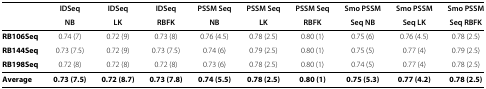
<table><thead><tr><td></td><td><b>IDSeq</b></td><td><b>IDSeq</b></td><td><b>IDSeq</b></td><td><b>PSSM Seq</b></td><td><b>PSSM Seq</b></td><td><b>PSSM Seq</b></td><td><b>Smo PSSM</b></td><td><b>Smo PSSM</b></td><td><b>Smo PSSM</b></td></tr><tr><td></td><td><b>NB</b></td><td><b>LK</b></td><td><b>RBFK</b></td><td><b>NB</b></td><td><b>LK</b></td><td><b>RBFK</b></td><td><b>Seq NB</b></td><td><b>Seq LK</b></td><td><b>Seq RBFK</b></td></tr></thead><tbody><tr><td><b>RB106Seq</b></td><td>0.74 (7)</td><td>0.72 (9)</td><td>0.73 (8)</td><td>0.76 (4.5)</td><td>0.78 (2.5)</td><td>0.80 (1)</td><td>0.75 (6)</td><td>0.76 (4.5)</td><td>0.78 (2.5)</td></tr><tr><td><b>RB144Seq</b></td><td>0.73 (7.5)</td><td>0.72 (9)</td><td>0.73 (7.5)</td><td>0.74 (6)</td><td>0.79 (2.5)</td><td>0.80 (1)</td><td>0.75 (5)</td><td>0.77 (4)</td><td>0.79 (2.5)</td></tr><tr><td><b>RB198Seq</b></td><td>0.72 (8)</td><td>0.72 (8)</td><td>0.72 (8)</td><td>0.73 (6)</td><td>0.78 (2.5)</td><td>0.80 (1)</td><td>0.74 (5)</td><td>0.77 (4)</td><td>0.78 (2.5)</td></tr><tr><td><b>Average</b></td><td><b>0.73 (7.5)</b></td><td><b>0.72 (8.7)</b></td><td><b>0.73 (7.8)</b></td><td><b>0.74 (5.5)</b></td><td><b>0.78 (2.5)</b></td><td><b>0.80 (1)</b></td><td><b>0.75 (5.3)</b></td><td><b>0.77 (4.2)</b></td><td><b>0.78 (2.5)</b></td></tr></tbody></table>